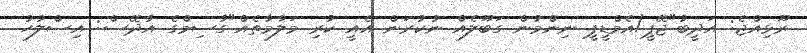
ރޫޅިއްޖެ: އަދީބު"ޖޭޕީ/އެމްޑީޕީ ނިންމުން ގަބޫލެއް ނުކުރަން އެއީ ކުރި މަލާމާތެއް"ގާސިމްގެ އާދޭސް: އިސްލާހު